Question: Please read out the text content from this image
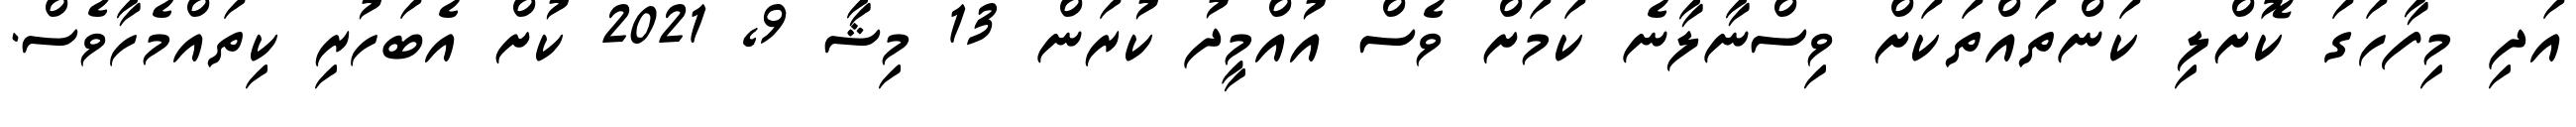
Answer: އަދި މިފާހަގަ ކޮށްލި ކަންތައްތަކަށް ވިސްނާލާނެ ކަމަށް ވެސް އުއްމީދު ކުރަން 13 މިޝާ 9, 2021 ކުށް އެބަހުރި ކިތައްމެހާވެސް.